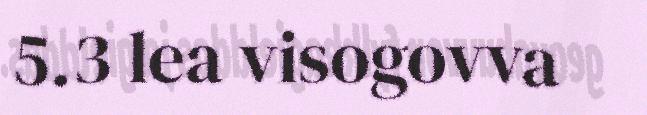
5.3 lea visogovva